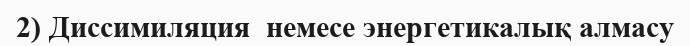
2) Диссимиляция  немесе энергетикалық алмасу